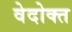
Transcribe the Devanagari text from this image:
वेदोक्‍त